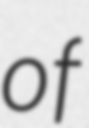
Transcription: of